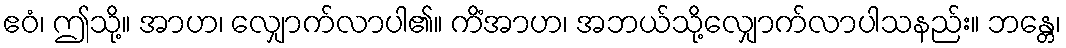
ဧဝံ၊ ဤသို့။ အာဟ၊ လျှောက်လာပါ၏။ ကိံအာဟ၊ အဘယ်သို့လျှောက်လာပါသနည်း။ ဘန္တေ၊